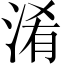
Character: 淆